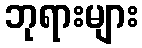
ဘုရားများ